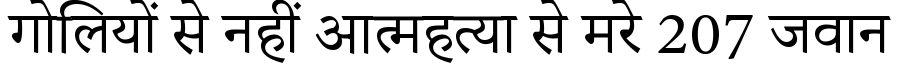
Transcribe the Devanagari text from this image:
गोलियों से नहीं आत्महत्या से मरे 207 जवान